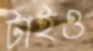
টাইও